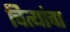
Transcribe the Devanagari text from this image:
चित्यांचा